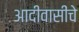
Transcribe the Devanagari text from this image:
आदीवासींचे